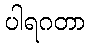
ပါရဂတာ